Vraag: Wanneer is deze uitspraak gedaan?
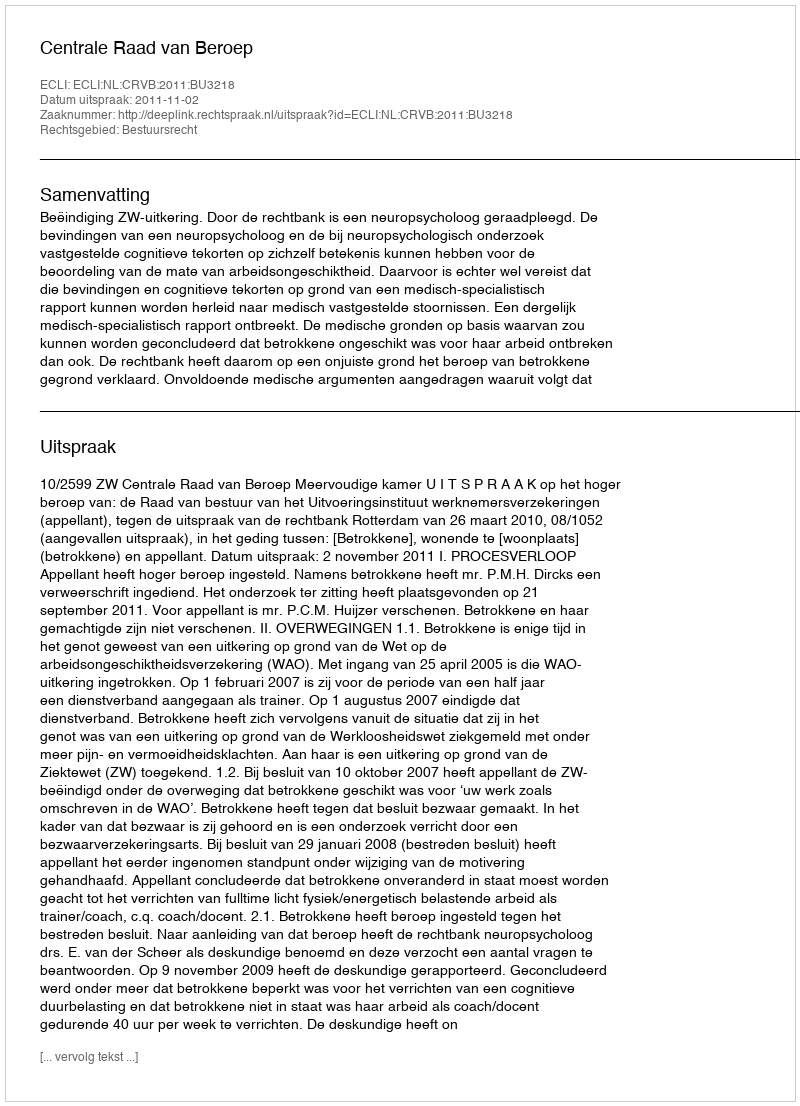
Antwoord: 2011-11-02